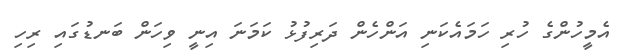
އެމީހުންގެ ހުރި ހަމައެކަނި އަންހެން ދަރިފުޅު ކަމަނަ އިނީ ވިހަން ބަނޑުގައި ރިހި